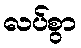
လပ်စွာ